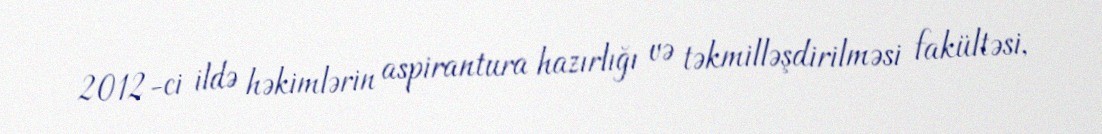
2012-ci ildə həkimlərin aspirantura hazırlığı və təkmilləşdirilməsi fakültəsi,